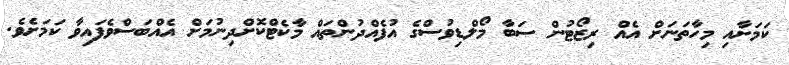
ކަމަށާއި މިހާތަނަށް އެއް ރިޒޯޓުން ސަބާ މޯލްޑިވުސްގެ އުފެއްދުންތައް މާކެޓްކޮށްދިނުމަށް އެއްބަސްވެފައިވާ ކަމަށެވެ.